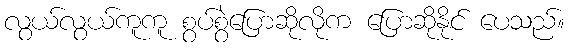
လွယ်လွယ်ကူကူ စွပ်စွဲပြောဆိုလိုက ပြောဆိုနိုင် ပေသည်။